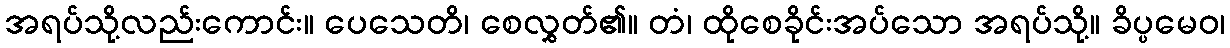
အရပ်သို့လည်းကောင်း။ ပေသေတိ၊ စေလွှတ်၏။ တံ၊ ထိုစေခိုင်းအပ်သော အရပ်သို့။ ခိပ္ပမေဝ၊